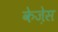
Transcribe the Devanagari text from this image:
केज़ेस